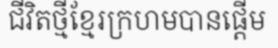
ជីវិតថ្មីខ្មែរក្រហមបានផ្តើម